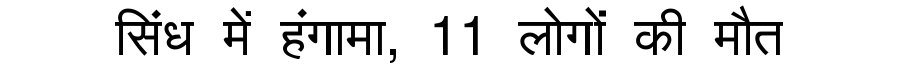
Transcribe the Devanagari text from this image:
सिंध में हंगामा, 11 लोगों की मौत